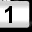
Digit: 1